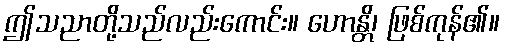
ဤသညာတို့သည်လည်းကောင်း။ ဟောန္တိ၊ ဖြစ်ကုန်၏။